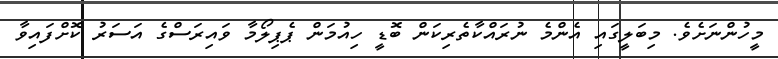
މީހުންނަށެވެ. މިބަލީގައި އެންމެ ނުރައްކާތެރިކަން ބޮޑީ ހިއުމަން ޕެޕިލޯމާ ވައިރަސްގެ އަސަރު ކޮށްފައިވާ